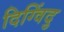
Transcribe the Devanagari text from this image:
दिग्विंदु